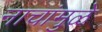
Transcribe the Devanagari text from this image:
नाचांमुळे